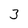
Character: 3